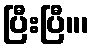
ပြီးပြီ။၊